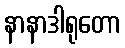
နာနာဒါရုတော